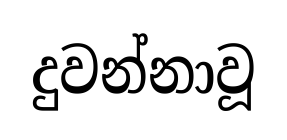
දුවන්නාවූ